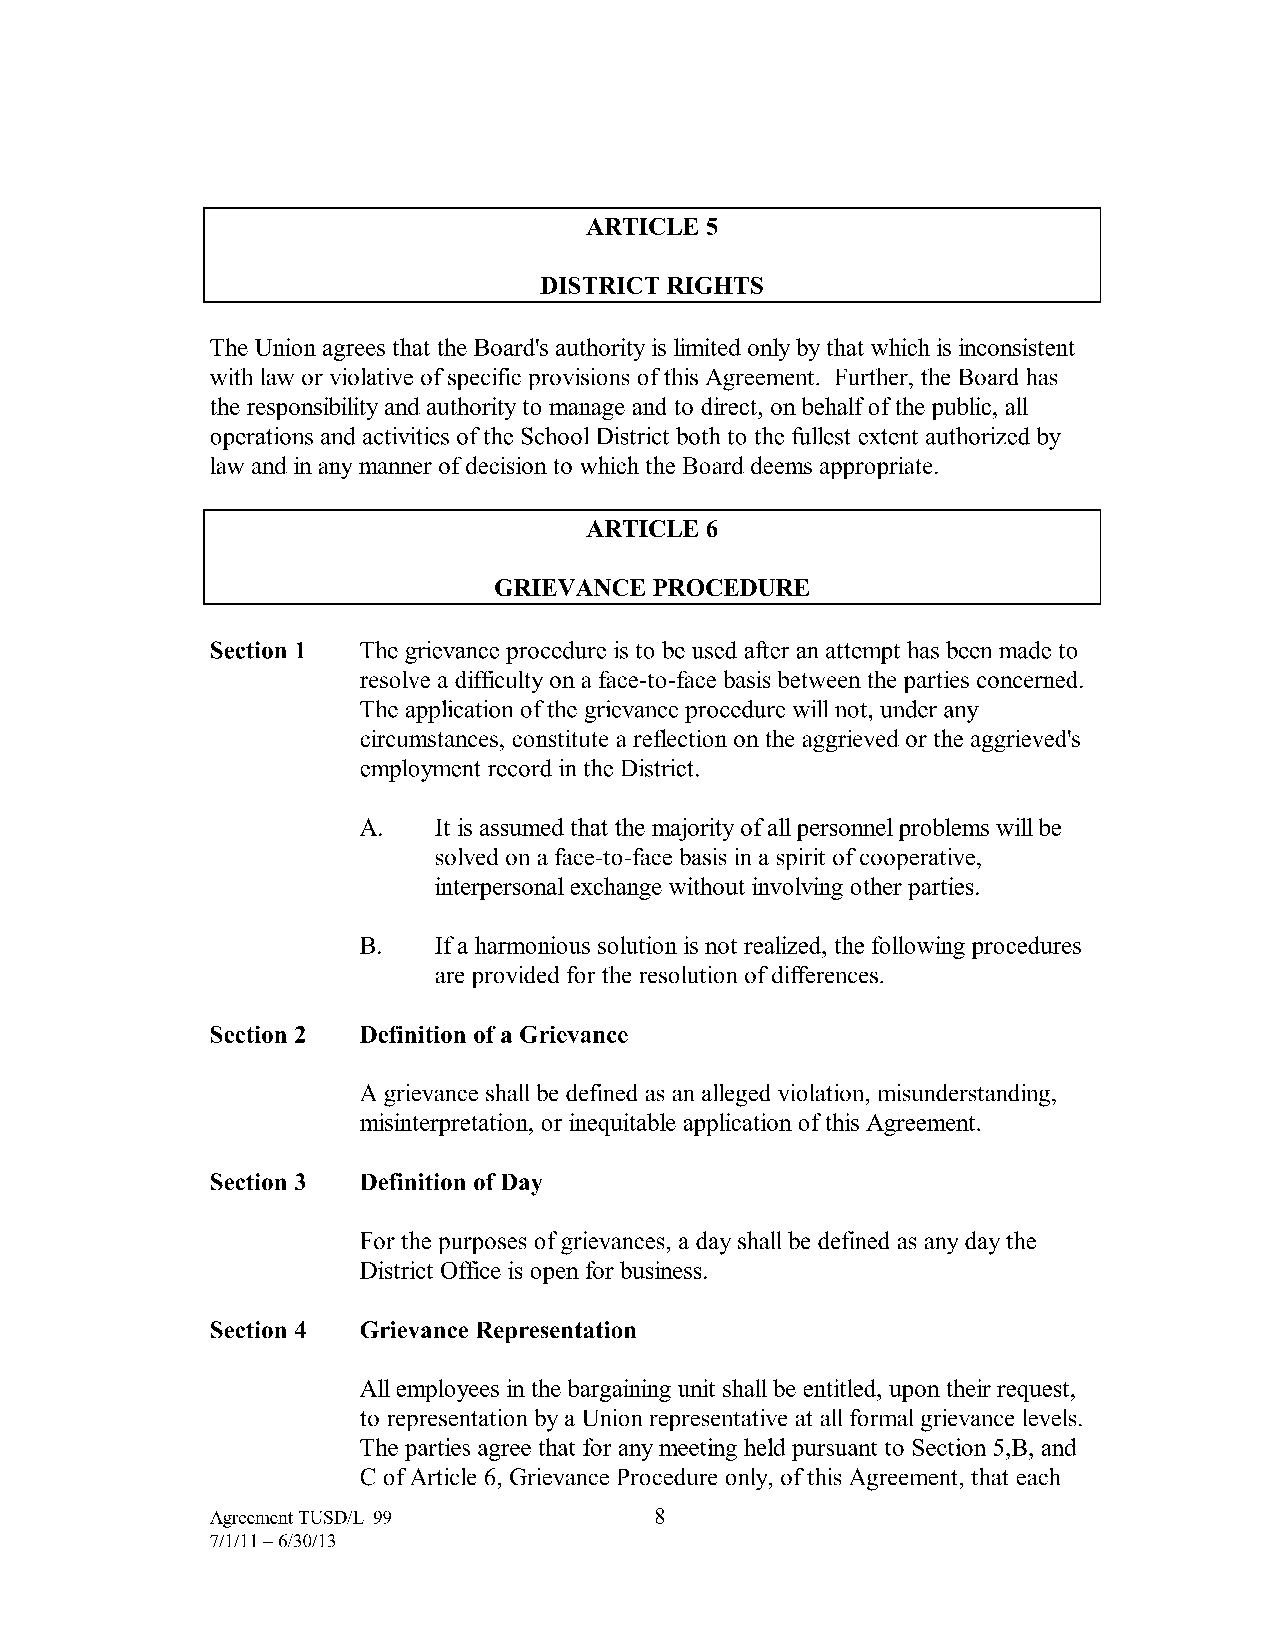
ARTICLES
 DISTRICT RIGHTS
 The Union agrees that the Board's authority is limited only by that which is inconsistent
 with law or violative of specific provisions of this Agreement. Further, the Board has
 the responsibility and authority to manage and to direct, on behalf of the public, all
 operations and activities of the School District both to the fullest extent authorized by
 law and in any manner of decision to which the Board deems appropriate.
 ARTICLE6
 GRIEVANCE PROCEDURE
 Section 1 The grievance procedure is to be used after an attempt has been made to
 resolve a difficulty on a face-to-face basis between the parties concerned.
 The application of the grievance procedure will not, under any
 circumstances, constitute a reflection on the aggrieved or the aggrieved's
 employment record in the District.
 A.   It is assumed that the majority of all personnel problems will be
 solved on a face-to-face basis in a spirit of cooperative,
 interpersonal exchange without involving other parties.
 B.   If a harmonious solution is not realized, the following procedures
 are provided for the resolution of differences.
 Section 2 Definition of a Grievance
 A grievance shall be defined as an alleged violation, misunderstanding,
 misinterpretation, or inequitable application of this Agreement.
 Section 3 Definition of Day
 For the purposes of grievances, a day shall be defined as any day the
 District Office is open for business.
 Section 4 Grievance Representation
 All employees in the bargaining unit shall be entitled, upon their request,
 to representation by a Union representative at all formal grievance levels.
 The parties agree that for any meeting held pursuant to Section 5,B, and
 C of Article 6, Grievance Procedure only, of this Agreement, that each
 Agreement TUSD/L-99          8
 7/1/11-6/30/13